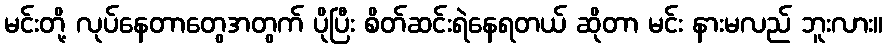
မင်းတို့ လုပ်နေတာတွေအတွက် ပိုပြီး စိတ်ဆင်းရဲနေရတယ် ဆိုတာ မင်း နားမလည် ဘူးလား။